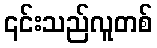
၎င်းသည်လူတစ်